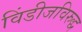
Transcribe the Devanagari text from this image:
विंडीजविरुद्ध